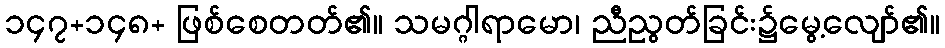
၁၄၇+၁၄၈+ ဖြစ်စေတတ်၏။ သမဂ္ဂါရာမော၊ ညီညွတ်ခြင်း၌မွေ့လျော်၏။